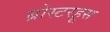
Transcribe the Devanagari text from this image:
ब्रोस्टरहूस